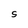
Character: S